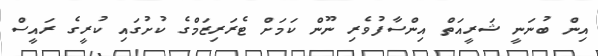
އިން ބުނަނީ ޝަރީއަތް އިންސާފުވެރި ނޫން ކަމަށް ޓެރަރިޒަމްގެ ކުށުގައި ކުރީގެ ރައީސް